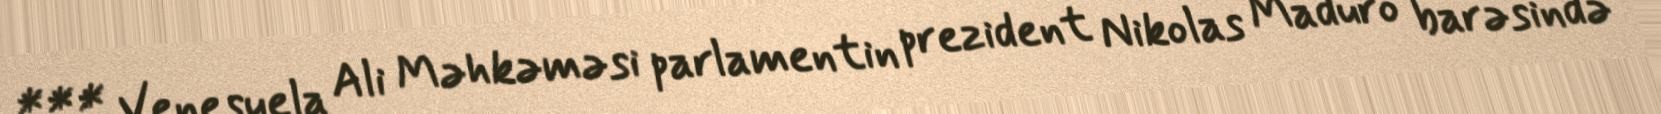
*** Venesuela Ali Məhkəməsi parlamentin prezident Nikolas Maduro barəsində